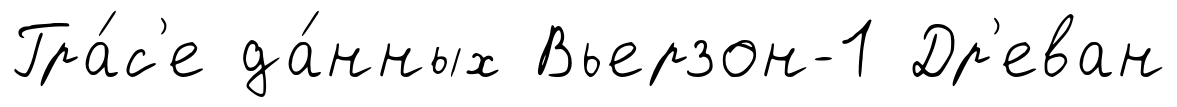
Гра́с'е да́нных Вьерзон-1 Др'еван